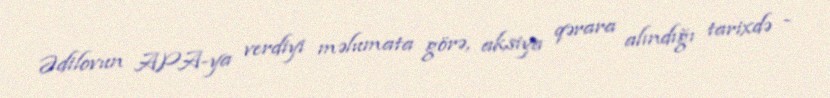
Ədilovun APA-ya verdiyi məlumata görə, aksiya qərara alındığı tarixdə -